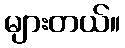
များတယ်။